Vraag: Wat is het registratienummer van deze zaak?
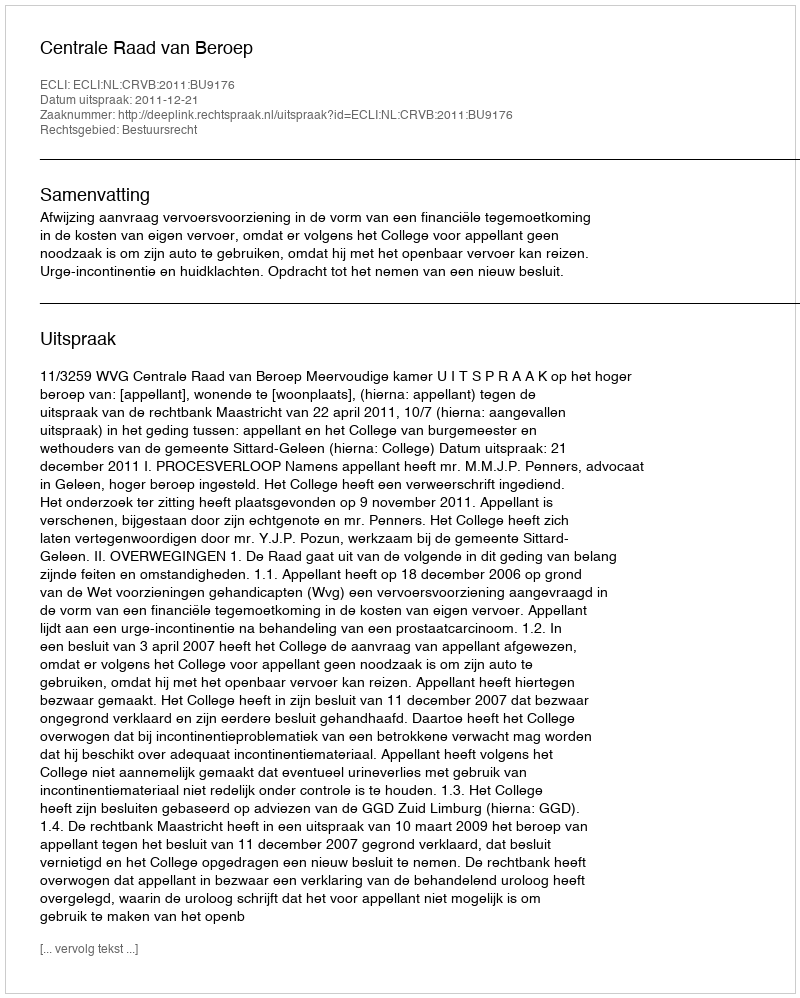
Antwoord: http://deeplink.rechtspraak.nl/uitspraak?id=ECLI:NL:CRVB:2011:BU9176